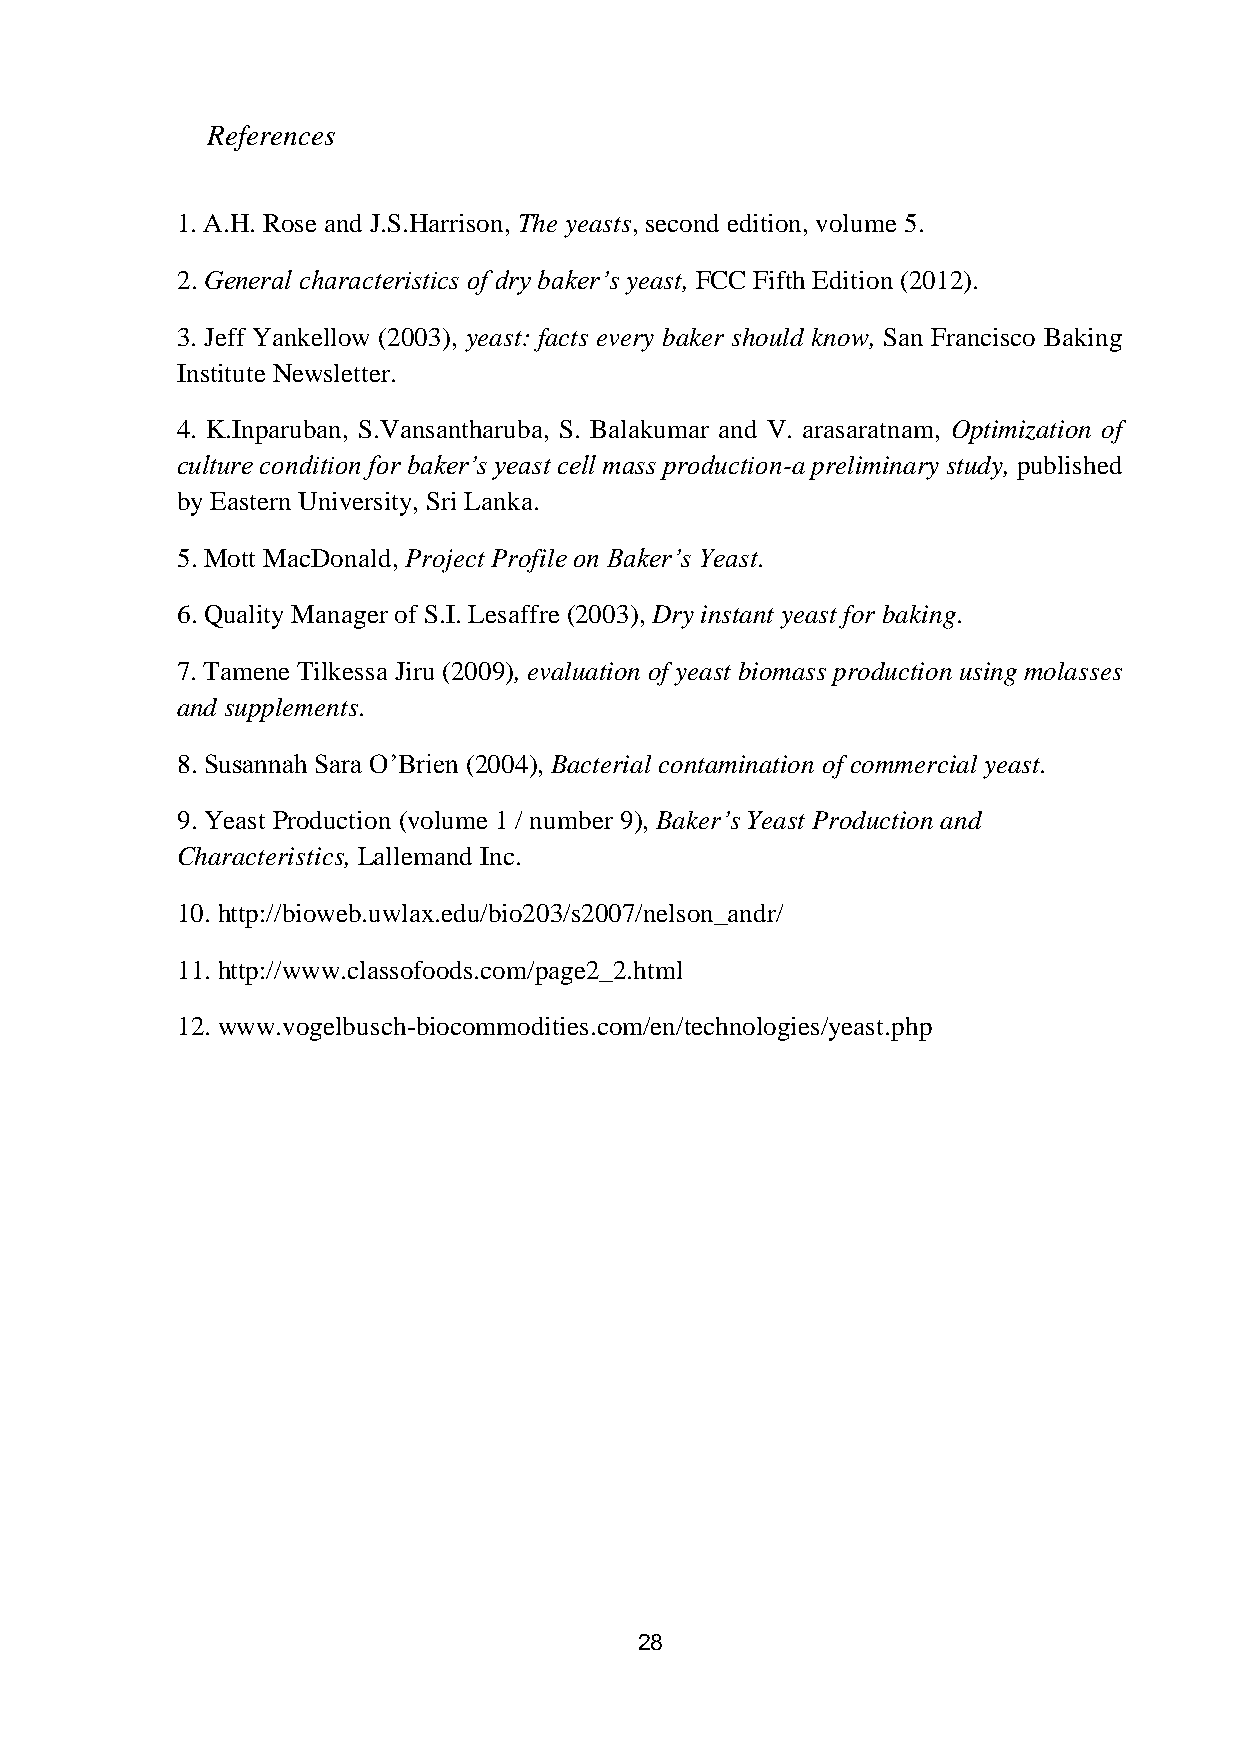
References
 1. A.H. Rose and J.S.Harrison, The yeasts, second edition, volume 5.
 2. General characteristics of dry baker’s yeast, FCC Fifth Edition (2012).
 3. Jeff Yankellow (2003), yeast: facts every baker should know, San Francisco Baking
 Institute Newsletter.
 4. K.Inparuban, S.Vansantharuba, S. Balakumar and V. arasaratnam, Optimization of
 culture condition for baker’s yeast cell mass production-a preliminary study, published
 by Eastern University, Sri Lanka.
 5. Mott MacDonald, Project Profile on Baker’s Yeast.
 6. Quality Manager of S.I. Lesaffre (2003), Dry instant yeast for baking.
 7. Tamene Tilkessa Jiru (2009), evaluation of yeast biomass production using molasses
 and supplements.
 8. Susannah Sara O’Brien (2004), Bacterial contamination of commercial yeast.
 9. Yeast Production (volume 1 / number 9), Baker’s Yeast Production and
 Characteristics, Lallemand Inc.
 10. http://bioweb.uwlax.edu/bio203/s2007/nelson_andr/
 11. http://www.classofoods.com/page2_2.html
 12. www.vogelbusch-biocommodities.com/en/technologies/yeast.php
 28